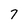
Character: 7